Mental hospitals Bombay report 1929-33 - 1929-1933
Year: 1929
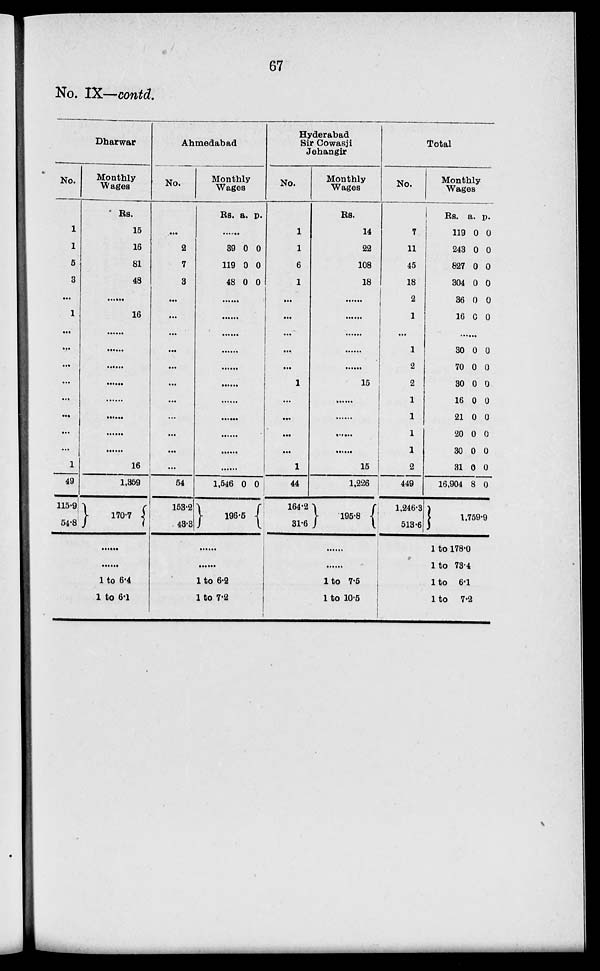
67
No. IX—contd.
Dharwar
No.
1
1
6
3
...
1
...
...
...
...
...
...
...
...
1
49
115.9
54.8
Monthly
Wages
Rs.
15
16
81
48
......
16
......
......
......
......
......
......
......
......
16
1,359
170.7
......
......
1 to 6.4
1 to 6.1
Ahmedabad
No.
...
2
7
3
...
...
...
...
...
...
...
...
...
...
...
54
153.2
43.3
Monthly
Wages
Rs. a. p.
......
39
119
48
0
0
0
0
0
0
......
......
......
......
......
......
......
......
......
......
......
1,546 0 0
196.5
......
......
1 to 6.2
1 to 7.2
Hyderabad
Sir Cowasji
Jehangir
No.
1
1
6
1
...
...
...
...
...
1
...
...
...
...
1
44
164.2
31.6
Monthly
Wages
Rs.
14
22
108
18
...
...
...
...
...
15
...
...
...
...
15
1,226
195.8
Total
No.
7
11
45
18
2
1
...
1
2
2
1
1
1
1
2
449
1,246.3
513.6
......
......
1 to 7.5
1 to 10.5
Monthly
Wages
Rs.
119
243
827
304
36
16
a.
0
0
0
0
0
0
p.
0
0
0
0
0
0
......
30
70
30
16
21
20
30
31
16,904
0
0
0
0
0
0
0
0
8
0
0
0
0
0
0
0
0
0
1,759.9
1 to 178.0
1 to 73.4
1 to 6.1
1 to
7.2